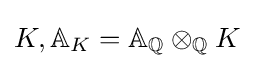
K,\mathbb {A} _{K}=\mathbb {A} _{\mathbb {Q} }\otimes _{\mathbb {Q} }K